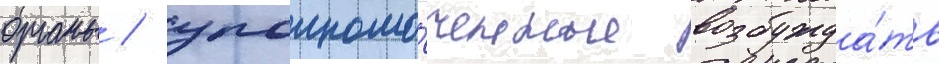
органы / уполномо́ченные возбужда́ть